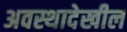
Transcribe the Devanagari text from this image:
अवस्थादेखील